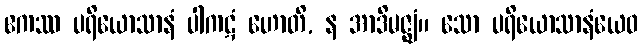
ဧကဿ ပရိယောသာနံ ပါကဋံ ဟောတိ, န အာဒိမဇ္ဈံ။ သော ပရိယောသာနံယေဝ